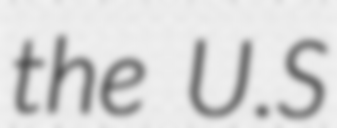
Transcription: the U.S